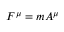
F ^ { \mu } = m A ^ { \mu }